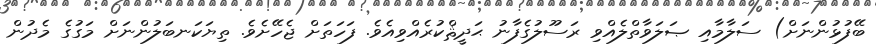
ބޭފުޅުންނަށް) ސަލާމާއި ޞަލަވާތްލެއްވި ރަސޫލުގެފާނު ޙަދީޘްކުރެއްވިއެވެ. ފަހަތަށް ޖެހޭށެވެ. ތިޔަކަނބަލުންނަށް މަގުގެ މެދުން